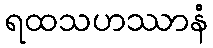
ရထသဟဿာနံ